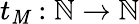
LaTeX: t_{\mathit{M}}:\mathbb{{N}}\to\mathbb{{N}}